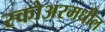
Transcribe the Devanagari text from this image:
स्कोअरमधील